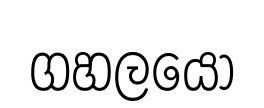
ගහලයො